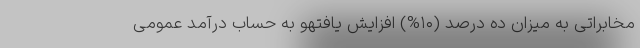
مخابراتی به میزان ده درصد (۱۰%) افزایش یافتهو به حساب درآمد عمومی